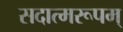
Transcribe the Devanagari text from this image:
सदात्मरूपम्